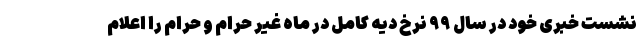
نشست خبری خود در سال ۹۹ نرخ دیه کامل در ماه غیر حرام و حرام را اعلام